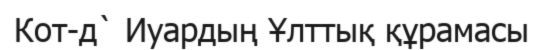
Кот-д` Иуардың Ұлттық құрамасы